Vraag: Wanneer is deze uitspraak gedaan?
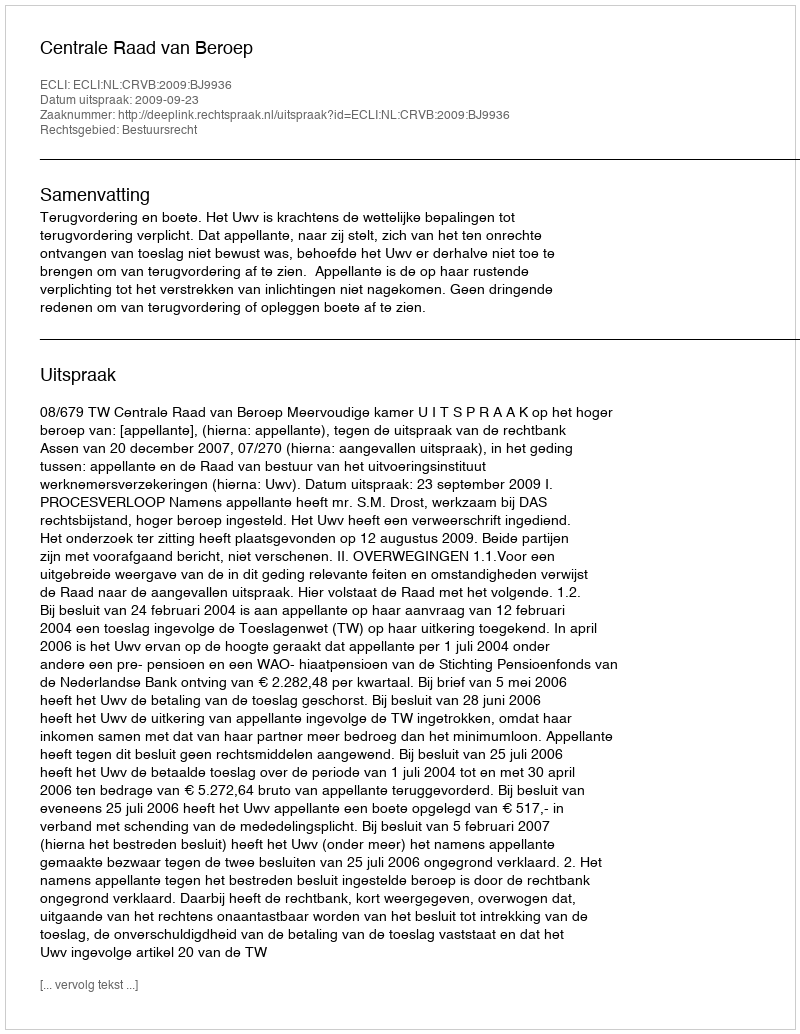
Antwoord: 2009-09-23